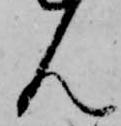
ん